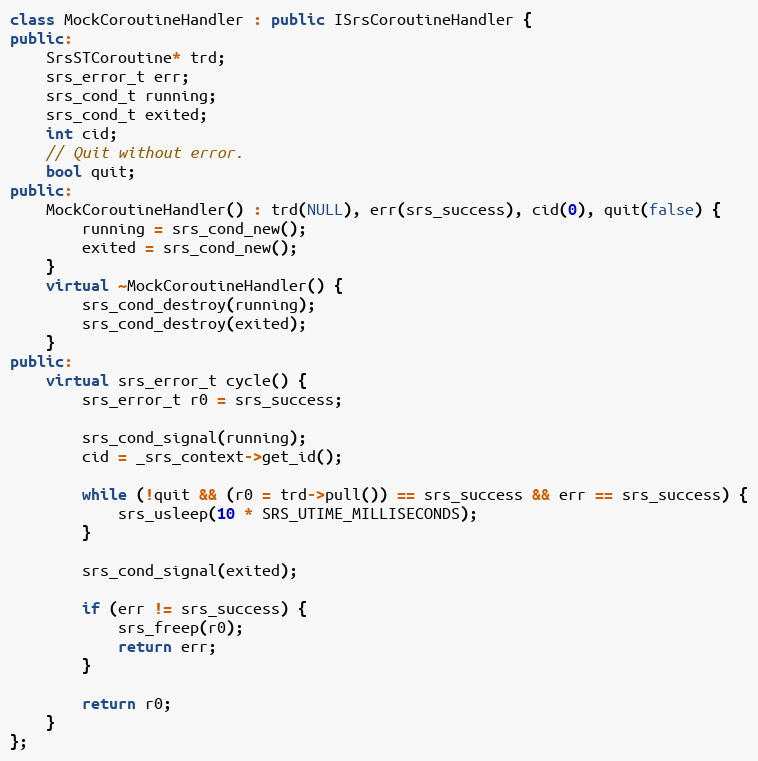
Language: C++
class MockCoroutineHandler : public ISrsCoroutineHandler {
public:
    SrsSTCoroutine* trd;
    srs_error_t err;
    srs_cond_t running;
    srs_cond_t exited;
    int cid;
    // Quit without error.
    bool quit;
public:
    MockCoroutineHandler() : trd(NULL), err(srs_success), cid(0), quit(false) {
        running = srs_cond_new();
        exited = srs_cond_new();
    }
    virtual ~MockCoroutineHandler() {
        srs_cond_destroy(running);
        srs_cond_destroy(exited);
    }
public:
    virtual srs_error_t cycle() {
        srs_error_t r0 = srs_success;

        srs_cond_signal(running);
        cid = _srs_context->get_id();

        while (!quit && (r0 = trd->pull()) == srs_success && err == srs_success) {
            srs_usleep(10 * SRS_UTIME_MILLISECONDS);
        }

        srs_cond_signal(exited);

        if (err != srs_success) {
            srs_freep(r0);
            return err;
        }

        return r0;
    }
};